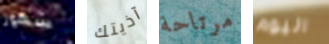
شهور آذيتك مرتاحة اليوم